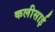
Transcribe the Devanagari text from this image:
कलीसाई